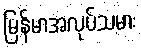
မြန်မာအလုပ်သမား